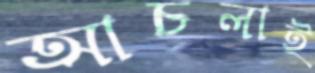
আচলাই